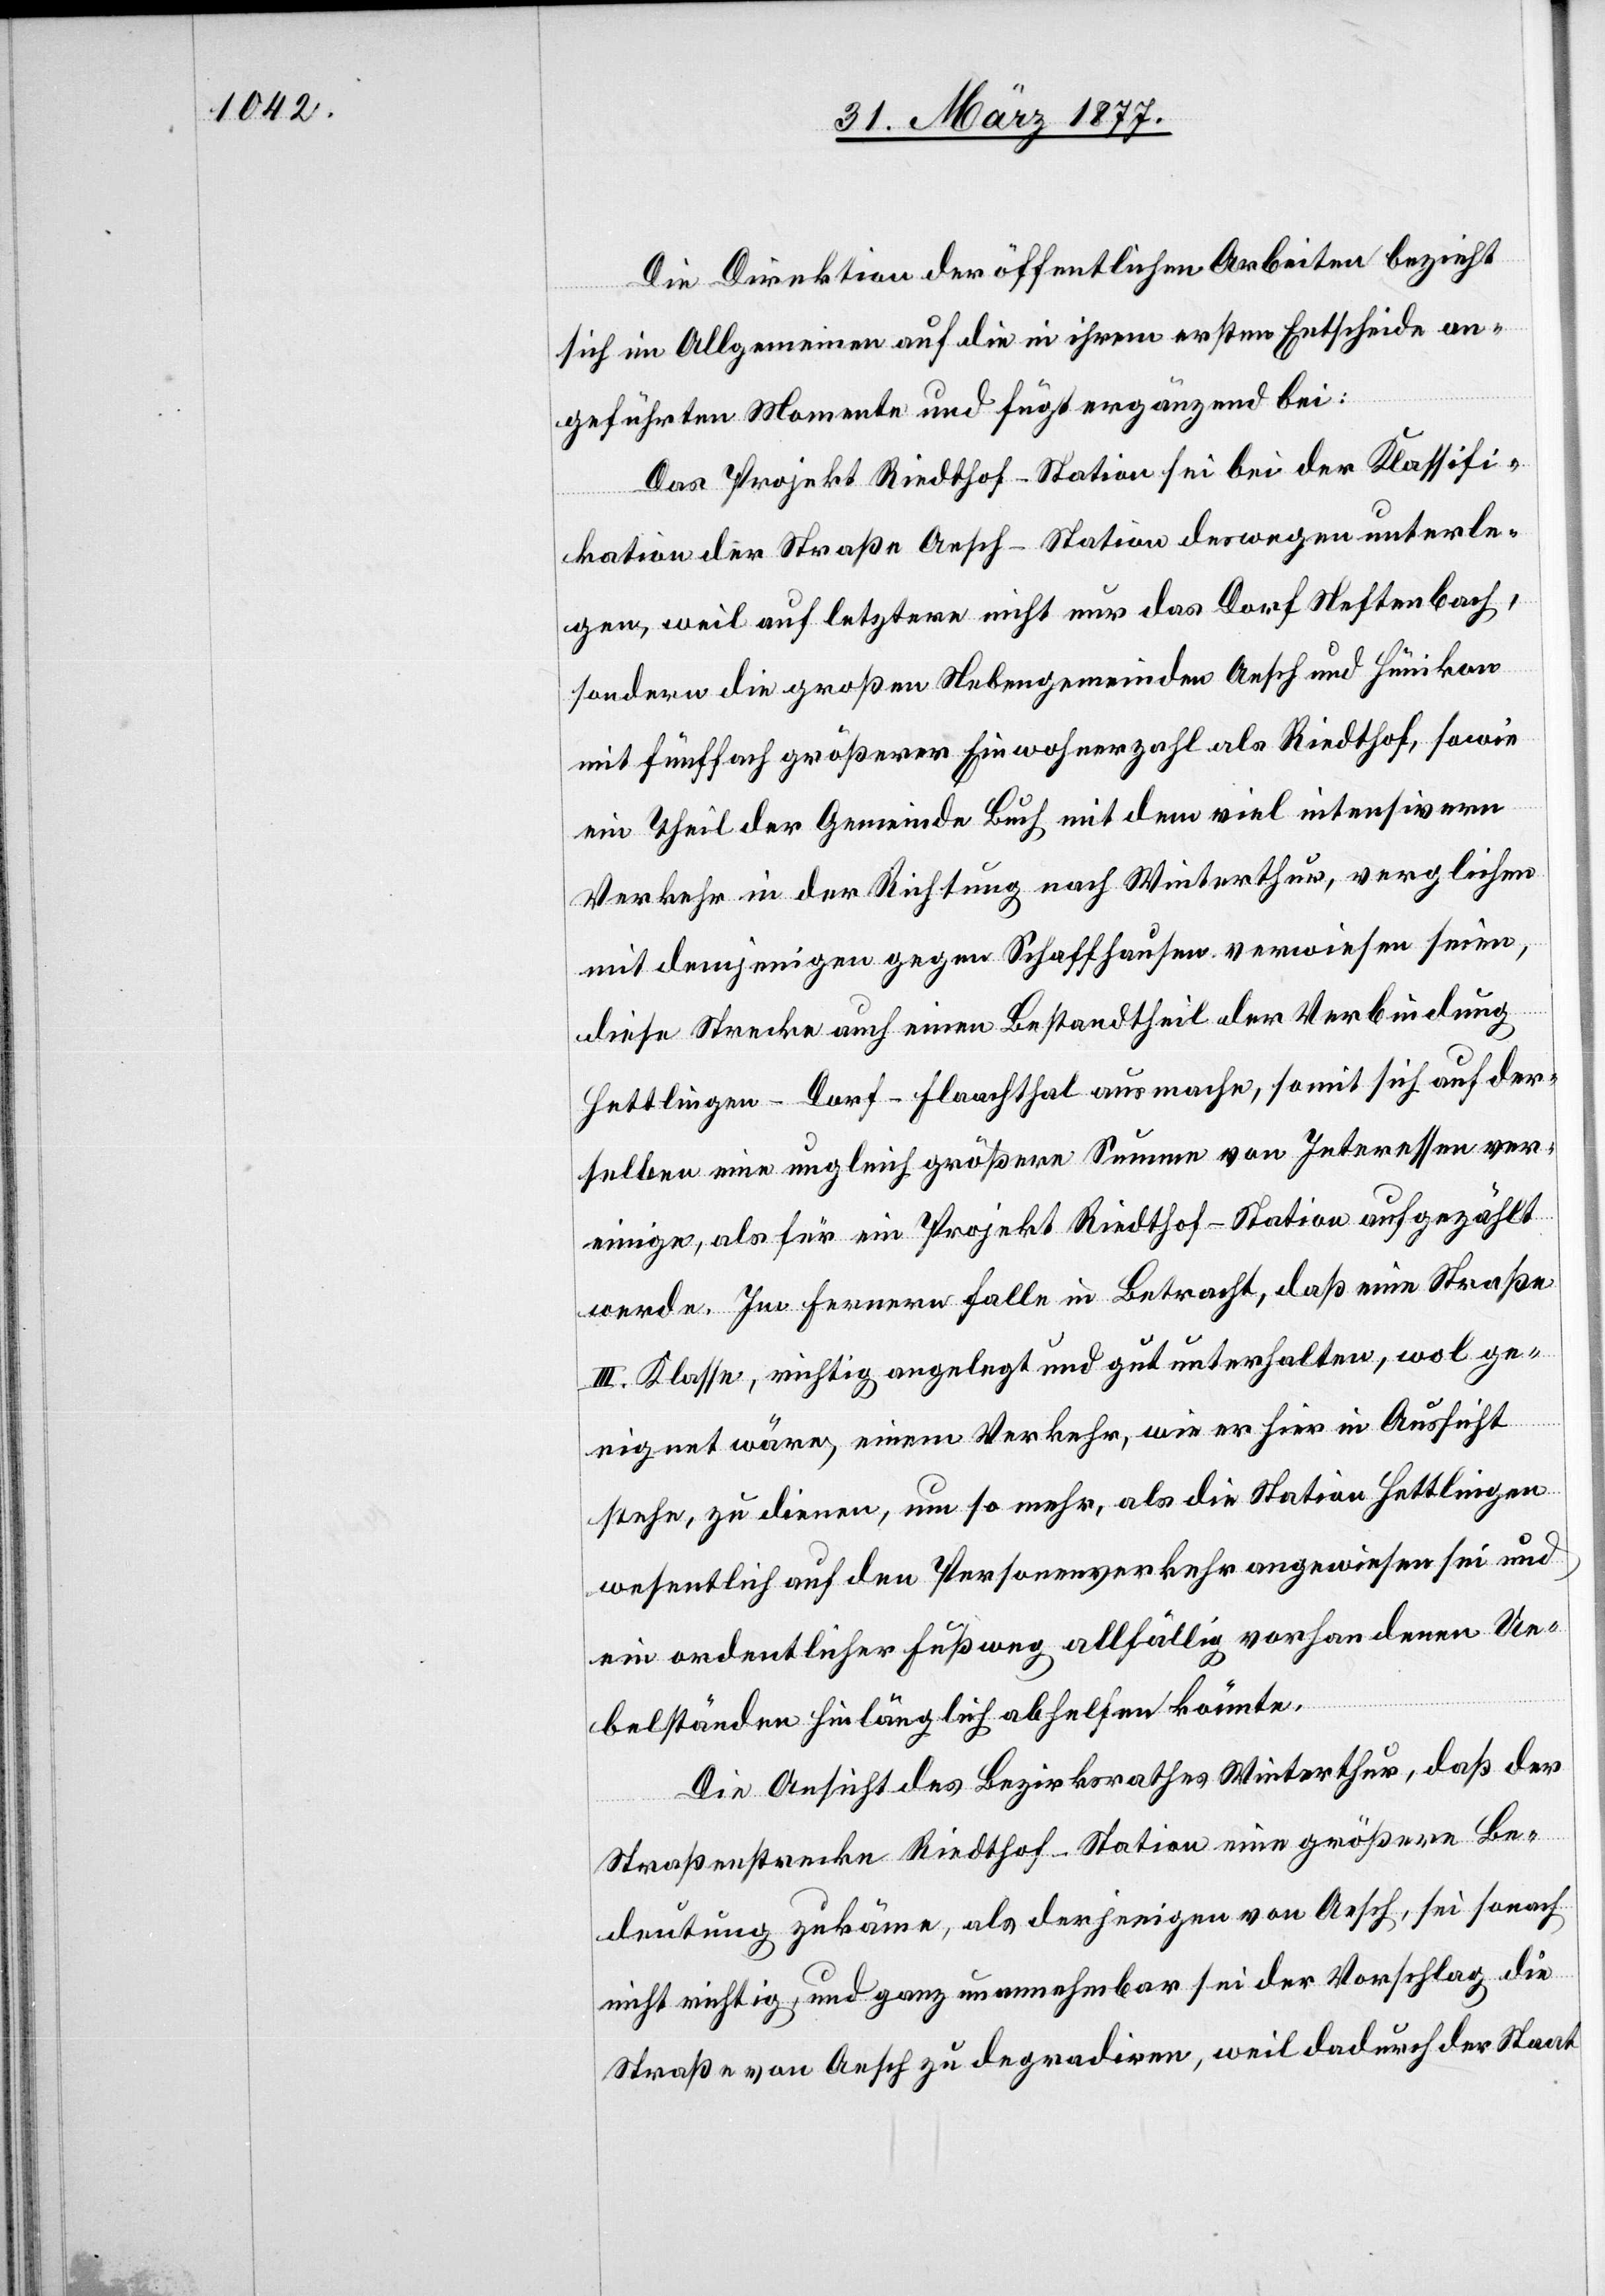
Die Direktion der öffentlichen Arbeiten bezieht
sich im Allgemeinen auf die in ihrem ersten Entscheide an¬
geführten Momente und fügt ergänzend bei:
Das Projekt Riedhof–Station sei bei der Klassifi¬
kation der Straße Aesch–Station deswegen unterle¬
gen, weil auf letztere nicht nur das Dorf Neftenbach,
sondern die großen Nebengemeinden Aesch und Hünikon
mit fünffach größerer Einwohnerzahl als Riedthof, sowie
ein Theil der Gemeinde Buch mit dem viel internsivern
Verkehr in der Richtung nach Winterthur, verglichen
mit demjenigen von Schaffhausen verwiesen seien,
diese Strecke auch einen Bestandtheil der Verbindung
Hettlingen–Dorf–Flaachthal ausmache, somit sich auf der¬
selben eine ungleich größere Summe von Interessen ver¬
einigen, als für ein Projekt Riedthof–Station aufgezählt
werde. Im Fernern falle in Betracht, daß eine Straße
II. Klasse, richtig angelegt und gut unterhalten, wol ge¬
eignet wäre, einem Verkehr, wie er hier in Aussicht
stehe, zu dienen, um so mehr, als die Station Hettlingen
wesentlich auf den Personenverkehr angewiesen sei und
ein ordentlicher Fußweg allfällig vorhandenen Ue¬
belständen hinlänglich abhelfen könnte.
Die Ansicht des Bezirksrathes Winterthur, daß der
Straßenstrecke Riedthof–Station eine größere Be¬
deutung zukäme, als derjenigen von Aesch, sei sonach
nicht richtig, und ganz unannehmbar sei der Vorschlag, die
Straße von Aesch zu degradiren, weil dadurch der Staat